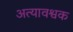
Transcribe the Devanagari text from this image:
अत्यावश्वक